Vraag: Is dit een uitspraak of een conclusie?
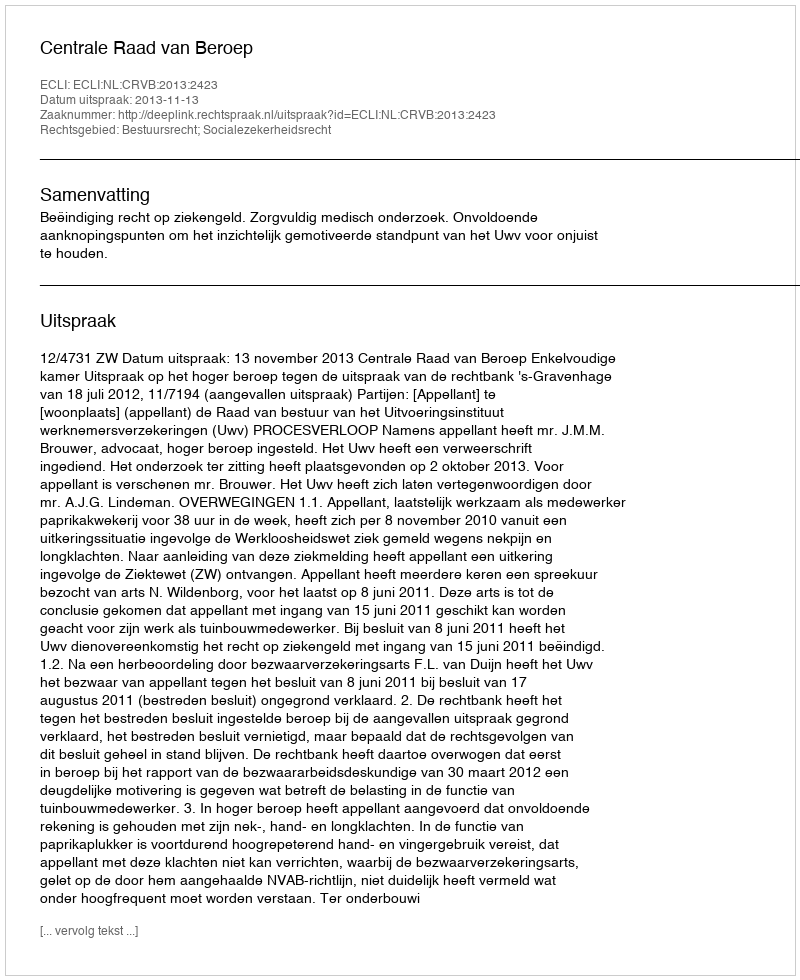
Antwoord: Uitspraak